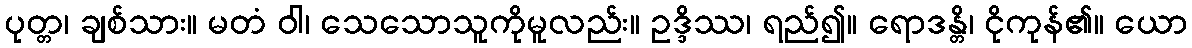
ပုတ္တ၊ ချစ်သား။ မတံ ဝါ၊ သေသောသူကိုမူလည်း။ ဥဒ္ဒိဿ၊ ရည်၍။ ရောဒန္တိ၊ ငိုကုန်၏။ ယော